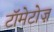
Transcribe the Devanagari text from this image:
टॉमेटोज़